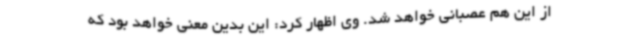
از این هم عصبانی خواهد شد. وی اظهار کرد: این بدین معنی خواهد بود که